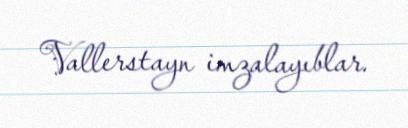
Vallerstayn imzalayıblar.